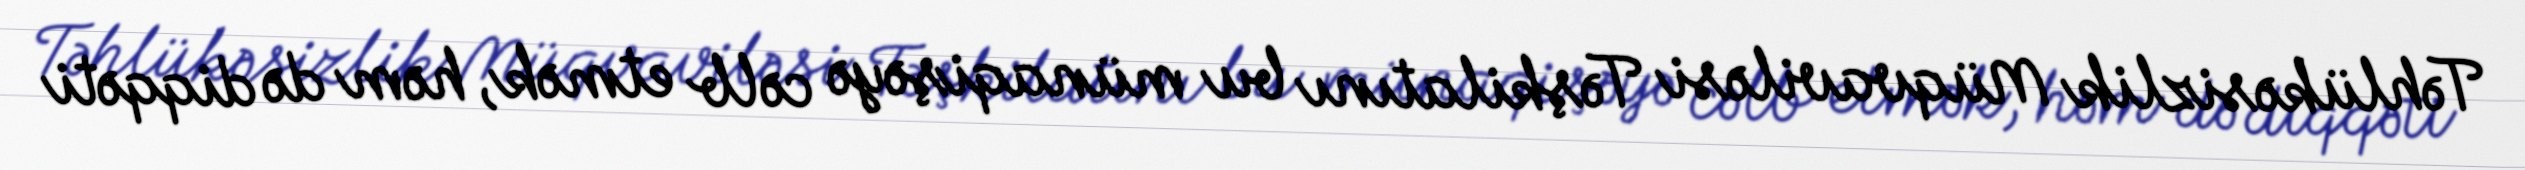
Təhlükəsizlik Müqvaviləsi Təşkilatını bu münaqişəyə cəlb etmək, həm də diqqəti